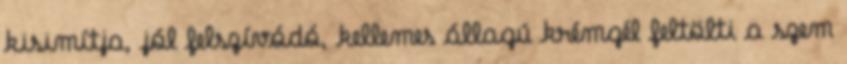
kisimítja, jól felszívódó, kellemes állagú krémgél feltölti a szem